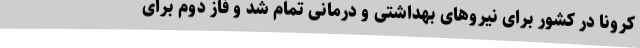
کرونا در کشور برای نیروهای بهداشتی و درمانی تمام شد و فاز دوم برای